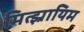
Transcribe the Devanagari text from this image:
मित्झ्रायिम